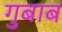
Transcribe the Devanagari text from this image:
गुबाब